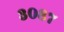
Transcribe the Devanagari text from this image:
३०८७